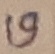
Text: 19